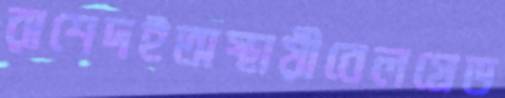
রাশেদইঅস্থায়ীবেলগ্রেড